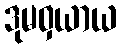
ဒုမဝှယာယ